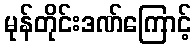
မုန်တိုင်းဒဏ်ကြောင့်